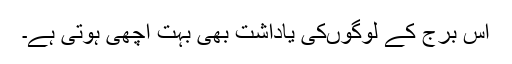
اس برج کے لوگوںکی یاداشت بھی بہت اچھی ہوتی ہے۔